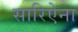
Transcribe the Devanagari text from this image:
सारिऐना